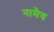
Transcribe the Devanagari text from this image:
नामैव